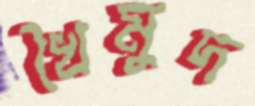
খৈমুদ